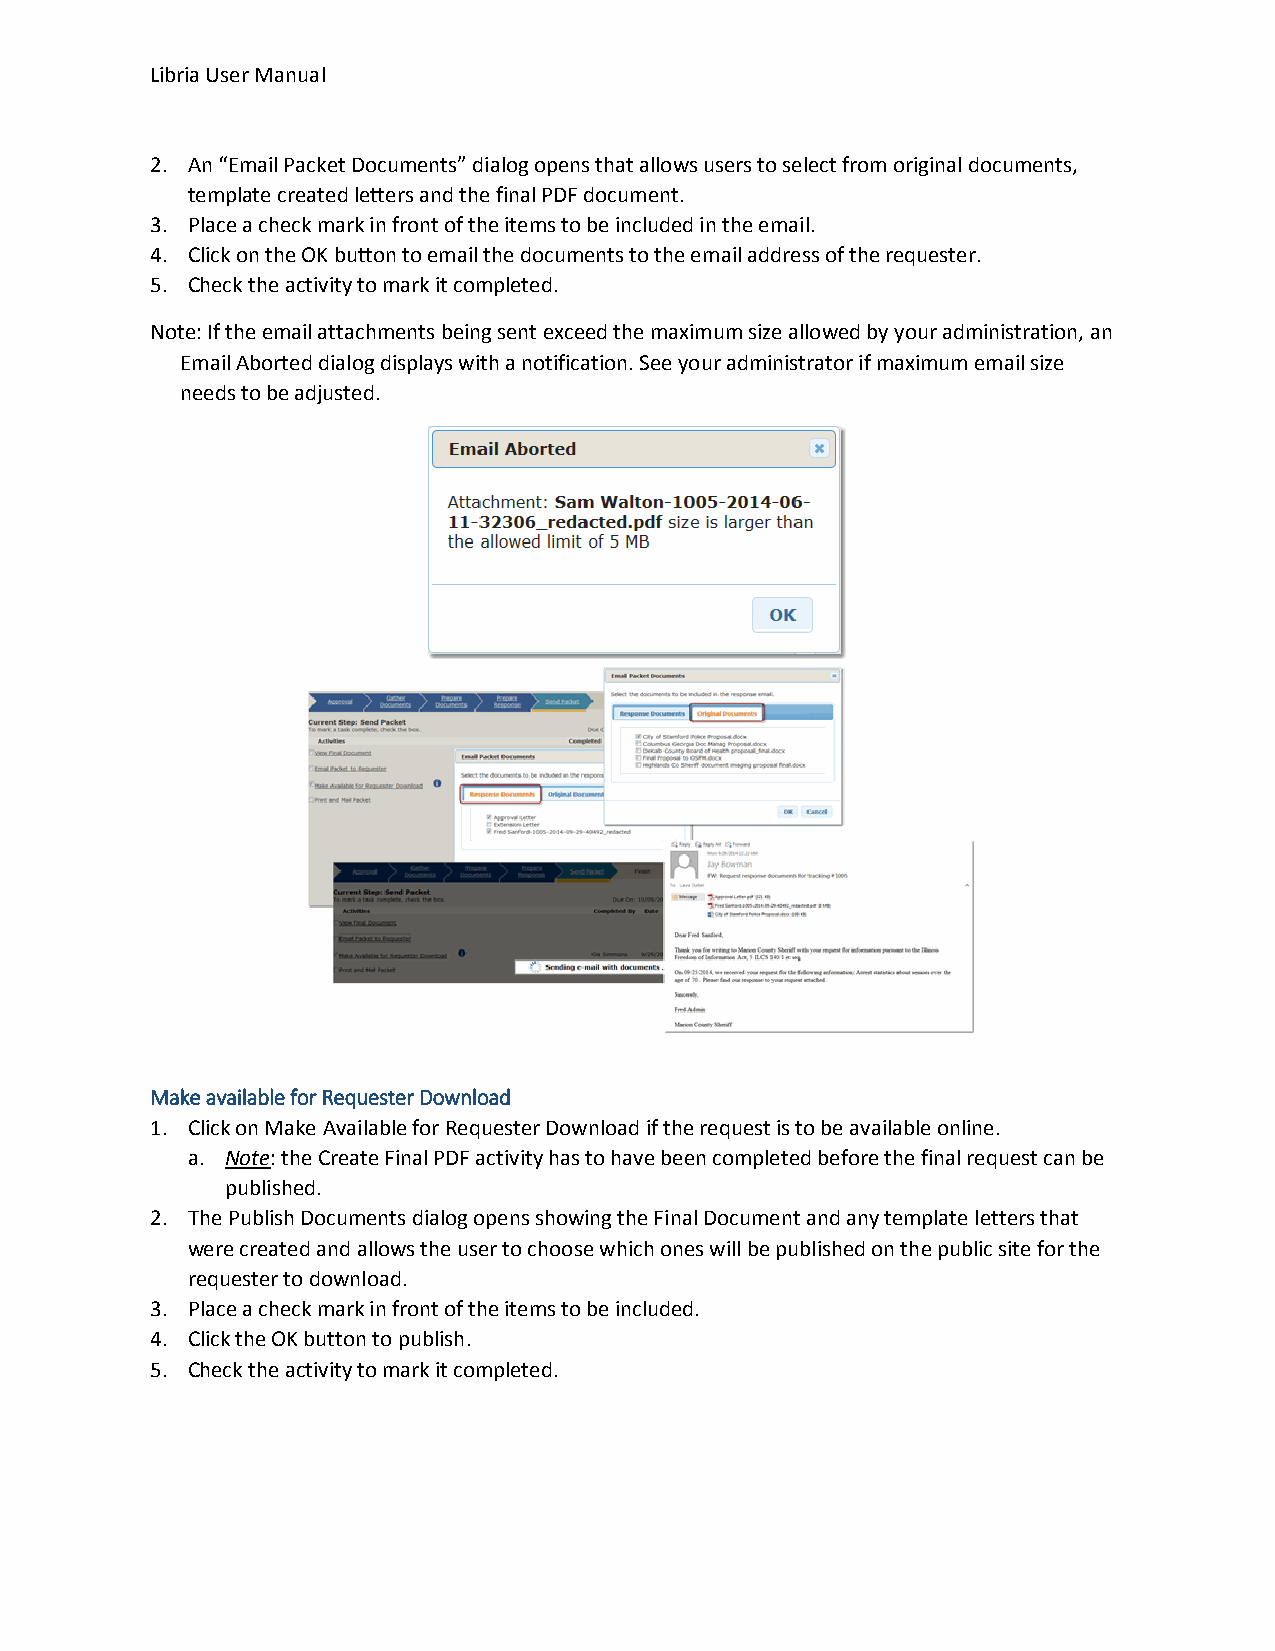
Libria User Manual
 2. An “Email Packet Documents” dialog opens that allows users to select from original documents,
 template created letters and the final PDF document.
 3. Place a check mark in front of the items to be included in the email.
 4. Click on the OK button to email the documents to the email address of the requester.
 5. Check the activity to mark it completed.
 Note: If the email attachments being sent exceed the maximum size allowed by your administration, an
 Email Aborted dialog displays with a notification. See your administrator if maximum email size
 needs to be adjusted.
 Make available for Requester Download
 1. Click on Make Available for Requester Download if the request is to be available online.
 a. Note: the Create Final PDF activity has to have been completed before the final request can be
 published.
 2. The Publish Documents dialog opens showing the Final Document and any template letters that
 were created and allows the user to choose which ones will be published on the public site for the
 requester to download.
 3. Place a check mark in front of the items to be included.
 4. Click the OK button to publish.
 5. Check the activity to mark it completed.